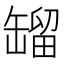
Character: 𦉉